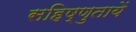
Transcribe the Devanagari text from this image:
सहिष्णुतायें